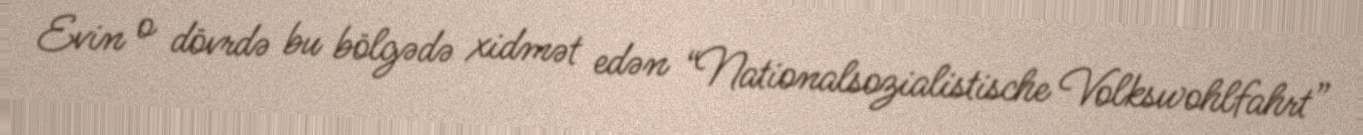
Evin o dövrdə bu bölgədə xidmət edən “Nationalsozialistische Volkswohlfahrt”